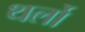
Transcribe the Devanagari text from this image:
थर्लो